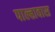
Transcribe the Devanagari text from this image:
पाल्हावास